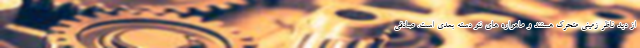
از دید ناظر زمینی متحرک هستند و ماهواره های نئو دسته بعدی است. صادقی